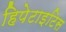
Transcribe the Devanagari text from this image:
हिपेटाइटिस